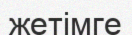
жетімге